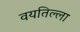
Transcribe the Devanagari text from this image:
वयतिल्ला